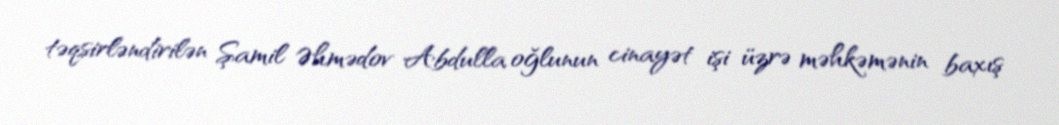
təqsirləndirilən Şamil Əhmədov Abdulla oğlunun cinayət işi üzrə məhkəmənin baxış